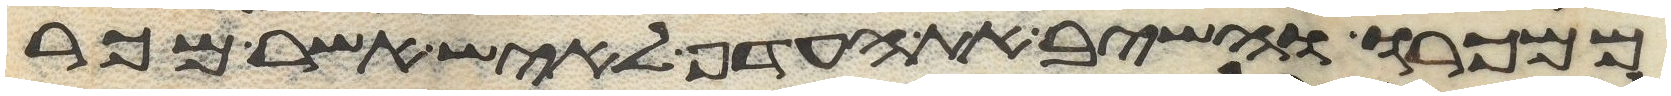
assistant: ממכרו והשיב את העדף לאיש אשר מכר